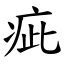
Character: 疵